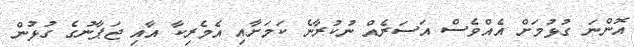
އޮންނަ ގުޅުމަށް އެއްވެސް އަސަރެއް ނުކުރާނެ ކަމަށާއި އެމެރިކާ އާއި ޖަޕާނުގެ ގުޅުން